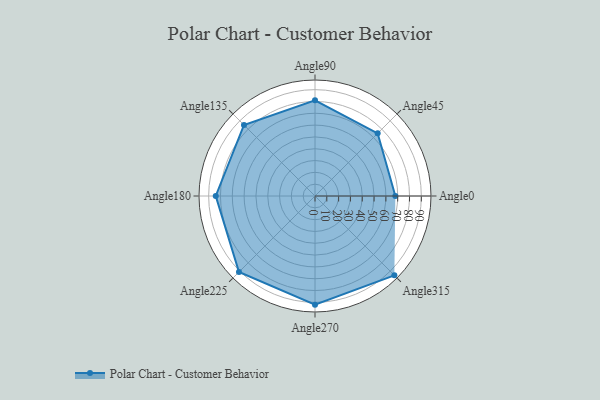
{"axis": {"x": "Angle", "y": "Radius"}, "legend": [""], "data": [{"x": "Angle0", "y": 68.0, "type": ""}, {"x": "Angle45", "y": 75.0, "type": ""}, {"x": "Angle90", "y": 81.0, "type": ""}, {"x": "Angle135", "y": 85.0, "type": ""}, {"x": "Angle180", "y": 84.0, "type": ""}, {"x": "Angle225", "y": 91.0, "type": ""}, {"x": "Angle270", "y": 92.0, "type": ""}, {"x": "Angle315", "y": 95.0, "type": ""}]}